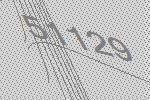
51129